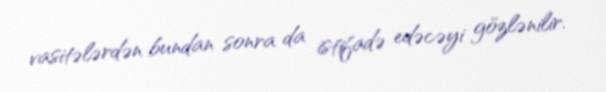
vasitələrdən bundan sonra da istifadə edəcəyi gözlənilir.